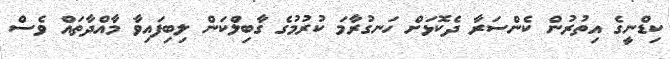
ކިޑްނީގެ އިތުރުން ކެންސަރާ ދެކޮޅަށް ހަނގުރާމަ ކުރުމުގެ ގާބިލްކަން ލިބިފައިވާ މާއްދާތައް ވެސް